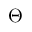
\Theta